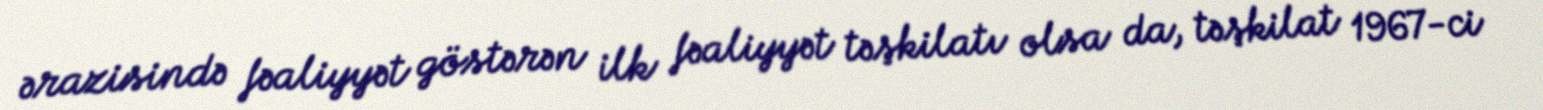
ərazisində fəaliyyət göstərən ilk fəaliyyət təşkilatı olsa da, təşkilat 1967-ci